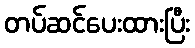
တပ်ဆင်ပေးထားပြီး